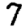
Digit: 7